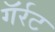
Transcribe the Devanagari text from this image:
गॅर्रट